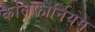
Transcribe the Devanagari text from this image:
कैलिफोर्नियम